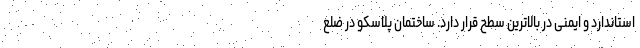
استاندارد و ایمنی در بالاترین سطح قرار دارد. ساختمان پلاسکو در ضلع